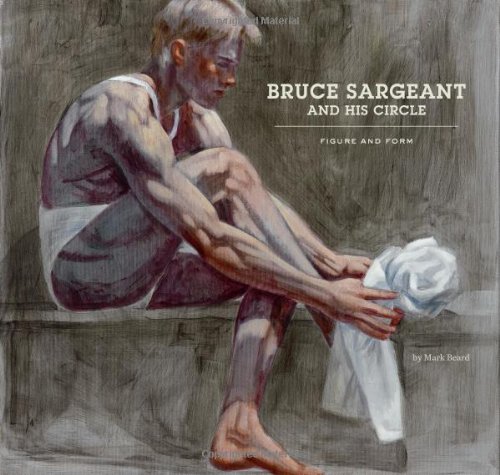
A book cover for Bruce Sargeant and His Circle: Figure and Form; Mark Beard; Arts & Photography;